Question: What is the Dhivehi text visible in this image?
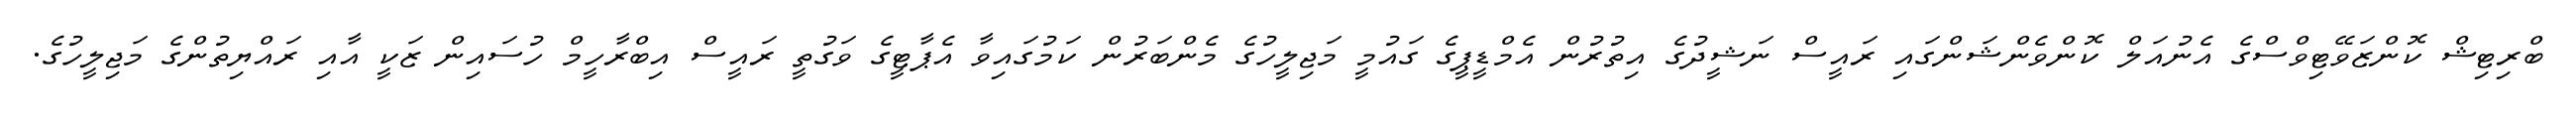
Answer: ބްރިޓިޝް ކޮންޒަވޭޓިވްސްގެ އެނުއަލް ކޮންވެންޝަންގައި ރައީސް ނަޝީދުގެ އިތުރުން އެމްޑީޕީގެ ގައުމީ މަޖިލީހުގެ މެންބަރުން ކަމުގައިވާ އެޕާޓީގެ ވަގުތީ ރައީސް އިބްރާހީމް ހުސައިން ޒަކީ އާއި ރައްޔިތުންގެ މަޖިލީހުގެ.